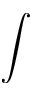
\displaystyle \int